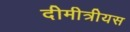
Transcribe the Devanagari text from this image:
दीमीत्रीयस